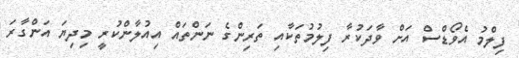
ފިލްމު އެވޯޑްސް އަށް ވާދަކުރާ ފިލުމުތަކާއި ތަރިންގެ ނަންތައް އިއުލާންކުރީ މިދިޔަ އަންގާރަ